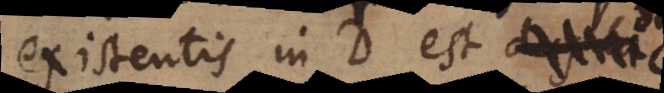
existentis in D, est dupl